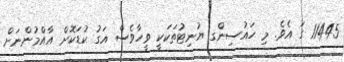
11445 ގަ އެވެ. މި ހައުސިންގ ޔުނިޓުތަކަކީ ވީހާވެސް އަގު ކުޑަކޮށް އާއްމުންނަށް